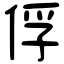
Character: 俘